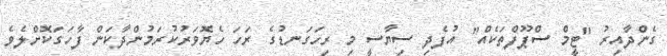
ގެންދާއިރު "ޓީމް ސްޕޫފްތަކެއް" އުފެދި ސިޔާސީ މި ރިހަގަނޑުގެ ރަހަ ހެޔޮވަރުކުރަމުންދާކަން ފާހަގަކޮށްލެވެ